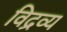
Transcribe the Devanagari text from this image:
विद्रव्य